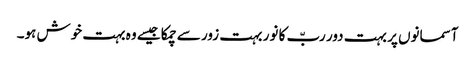
آسمانوں پر بہت دور ربّ کا نور بہت زور سے چمکا جیسے وہ بہت خوش ہو۔